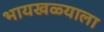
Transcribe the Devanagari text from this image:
भायखळ्याला